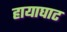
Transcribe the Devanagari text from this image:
हायाघाट